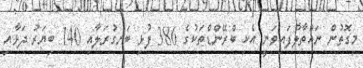
މިގޮތުން ނައްތާލާފައިވަނީ އެކި ބްރޭންޑްތަކުގެ 386 ފުޅި ބަނގުރަލާއި 140 ބިޔަރު ދަޅާއި